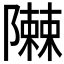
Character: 𮥪